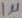
Text: 1µ